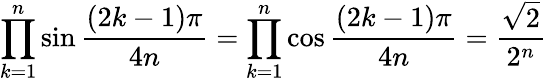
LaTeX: \prod_{k=1}^{n}\sin{\frac{\left(2k-1\right)\pi}{4n}}=\prod_{k=1}^{n}\cos{\frac{\left(2k-1\right)\pi}{4n}}={\frac{\sqrt{2}}{2^{n}}}